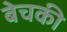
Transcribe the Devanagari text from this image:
बेचकी